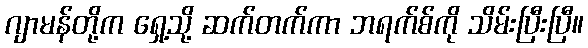
ဂျာမန်တို့က ရှေ့သို့ ဆက်တက်ကာ ဘရက်စ်ကို သိမ်းပြီးပြီ။